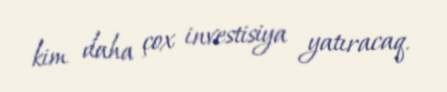
kim daha çox investisiya yatıracaq.